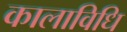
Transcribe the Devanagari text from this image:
कालाविधि